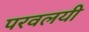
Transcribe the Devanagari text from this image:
परवलयी